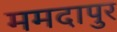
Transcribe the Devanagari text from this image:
ममदापुर